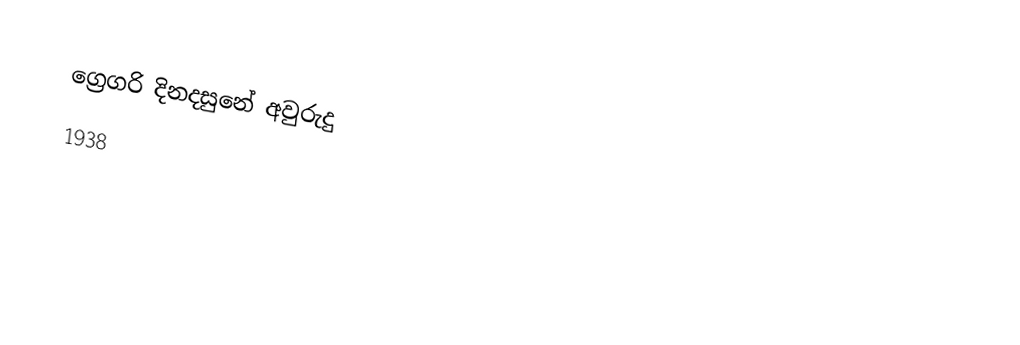
ග්‍රෙගරි දිනදසුනේ අවුරුදු
1938